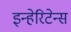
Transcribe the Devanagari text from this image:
इन्हेरिटेन्स